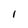
Character: 1